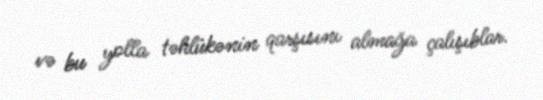
və bu yolla təhlükənin qarşısını almağa çalışıblar.